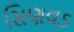
સિણવડ